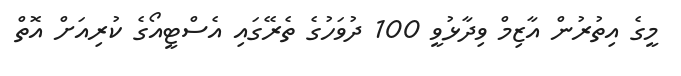
މީގެ އިތުރުން އާޒިމް ވިދާޅުވީ 100 ދުވަހުގެ ތެރޭގައި އެސްޓީއޯގެ ކުރިއަށް އޮތް